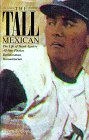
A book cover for The Tall Mexican: The Life of Hank Aguirre All-Star Pitcher, Businessman, Humanitarian; Robert E. Copley; Teen & Young Adult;